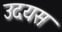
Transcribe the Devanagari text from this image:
उदयस